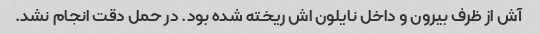
آش از ظرف بیرون و داخل نایلون اش ریخته شده بود. در حمل دقت انجام نشد.